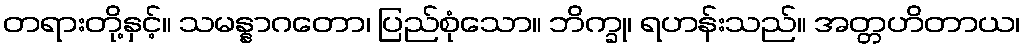
တရားတို့နှင့်။ သမန္နာဂတော၊ ပြည်စုံသော။ ဘိက္ခု၊ ရဟန်းသည်။ အတ္တဟိတာယ၊